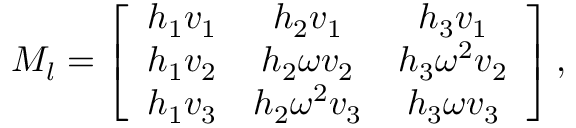
{ \cal M } _ { l } = \left[ \begin{array} { c c c } { { h _ { 1 } v _ { 1 } } } & { { h _ { 2 } v _ { 1 } } } & { { h _ { 3 } v _ { 1 } } } \\ { { h _ { 1 } v _ { 2 } } } & { { h _ { 2 } \omega v _ { 2 } } } & { { h _ { 3 } \omega ^ { 2 } v _ { 2 } } } \\ { { h _ { 1 } v _ { 3 } } } & { { h _ { 2 } \omega ^ { 2 } v _ { 3 } } } & { { h _ { 3 } \omega v _ { 3 } } } \end{array} \right] ,